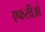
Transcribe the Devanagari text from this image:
एफसीओ